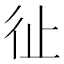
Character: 𢓊